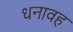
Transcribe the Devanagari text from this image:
धनावह